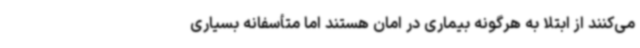
می‌کنند از ابتلا به هرگونه بیماری در امان هستند اما متأسفانه بسیاری